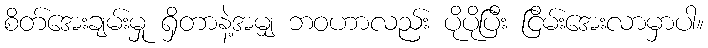
စိတ်အေးချမ်းမှု ရှိတာနဲ့အမျှ ဘဝဟာလည်း ပိုပိုပြီး ငြိမ်းအေးလာမှာပါ။